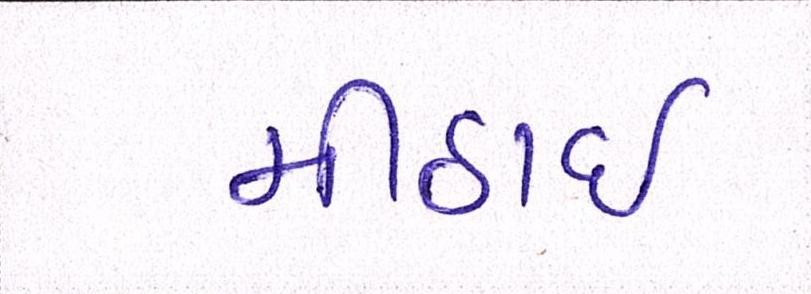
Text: મીઠાઈ